system: You are a helpful assistant.
user:
Analyze the provided spectrum to determine if it is a **M-type Giant (gM)**.

A M-type Giant spectrum is defined by its **strong molecular absorption** features, particularly from **Titanium Oxide (TiO)**. You must check for one of the following mutually exclusive signatures:

- **Key Visual Indicators (Absorption-Dominated Spectrum):**

    - **(Primary):** The spectrum is dominated by strong molecular absorption from **Titanium Oxide (TiO)**. This is the **defining feature** of its M-type temperature class.
        - **(Key Bandheads):** Look for sharp, "saw-tooth" absorption valleys. The strongest are located near **~7050 Å**, **~6160 Å**, and **~5170 Å**.
        - **(Line Profile):** The "saw-tooth" morphology is critical: a **sharp, steep drop on the BLUE (short-wavelength) side** of the bandhead, followed by a gradual recovery (rising flux) towards the RED (long-wavelength) side.

    - **(Key Confirmation - Giant vs. Dwarf):** **ABSENCE** of strong **Calcium Hydride (CaH)** molecular bands. This is the primary diagnostic for *excluding* M-dwarfs.
        - **(Key Region):** The spectrum should lack the strong, broad absorption band seen in dwarfs between **~6800 Å and ~7000 Å**.

    - **(Secondary Confirmation - Giant):** A very strong and broad **Neutral Calcium (Ca I)** atomic absorption line.
        - **(Key Line):** Located at **~4226 Å**. In a giant (gM), this line is significantly deeper and broader than the same line in an M-dwarf (dM) due to low surface gravity.

    - **(Overall Spectrum):**
        - The continuum is **extremely red-sloping** (i.e., flux is very low in the blue and rises dramatically towards the red).
        - The entire spectrum appears "chopped up" by the deep TiO bands.

Think first, call **spectral_visualization_tool** if needed to examine features in detail, then provide your final answer. Your response must adhere to the following strict rules:
1.  **Overall Structure:** Your response must follow the format `<think>...</think> <tool_call>...</tool_call> (if a tool is used) <answer>...</answer>`.
2.  **Tool Usage Constraint:** You may only make **one** tool call per turn.
3.  **Final Answer Format:** In the `<answer>` tag, your conclusion must be inside a `\boxed{}` command (e.g., `\boxed{YES}` or `\boxed{NO}`), followed by your justification.

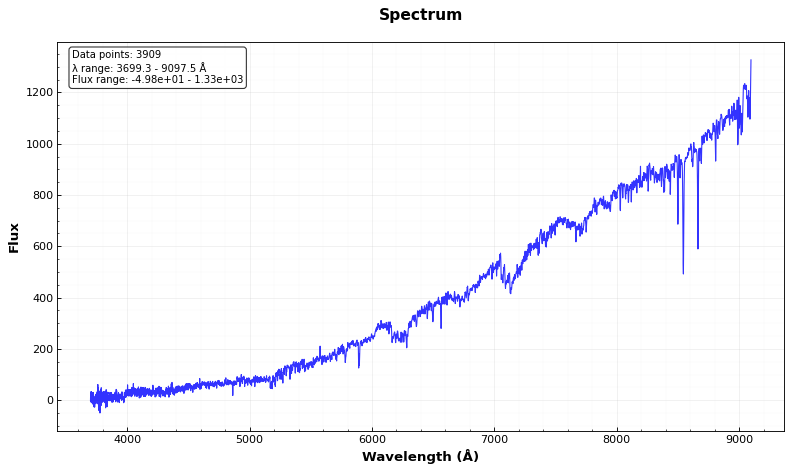
Answer: YES